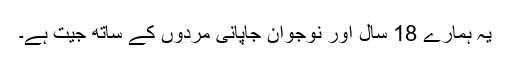
یہ ہمارے 18 سال اور نوجوان جاپانی مردوں کے ساتھ جیت ہے۔